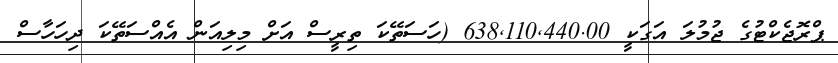
ޕްރޮޖެކްޓުގެ ޖުމުލަ އަގަކީ 638